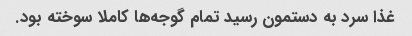
غذا سرد به دستمون رسید تمام گوجه‌ها کاملا سوخته بود.